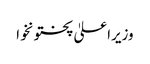
وزیراعلیٰ پختونخوا